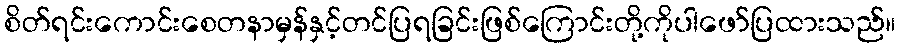
စိတ်ရင်းကောင်းစေတနာမှန်နှင့်တင်ပြရခြင်းဖြစ်ကြောင်းတို့ကိုပါဖော်ပြထားသည်။